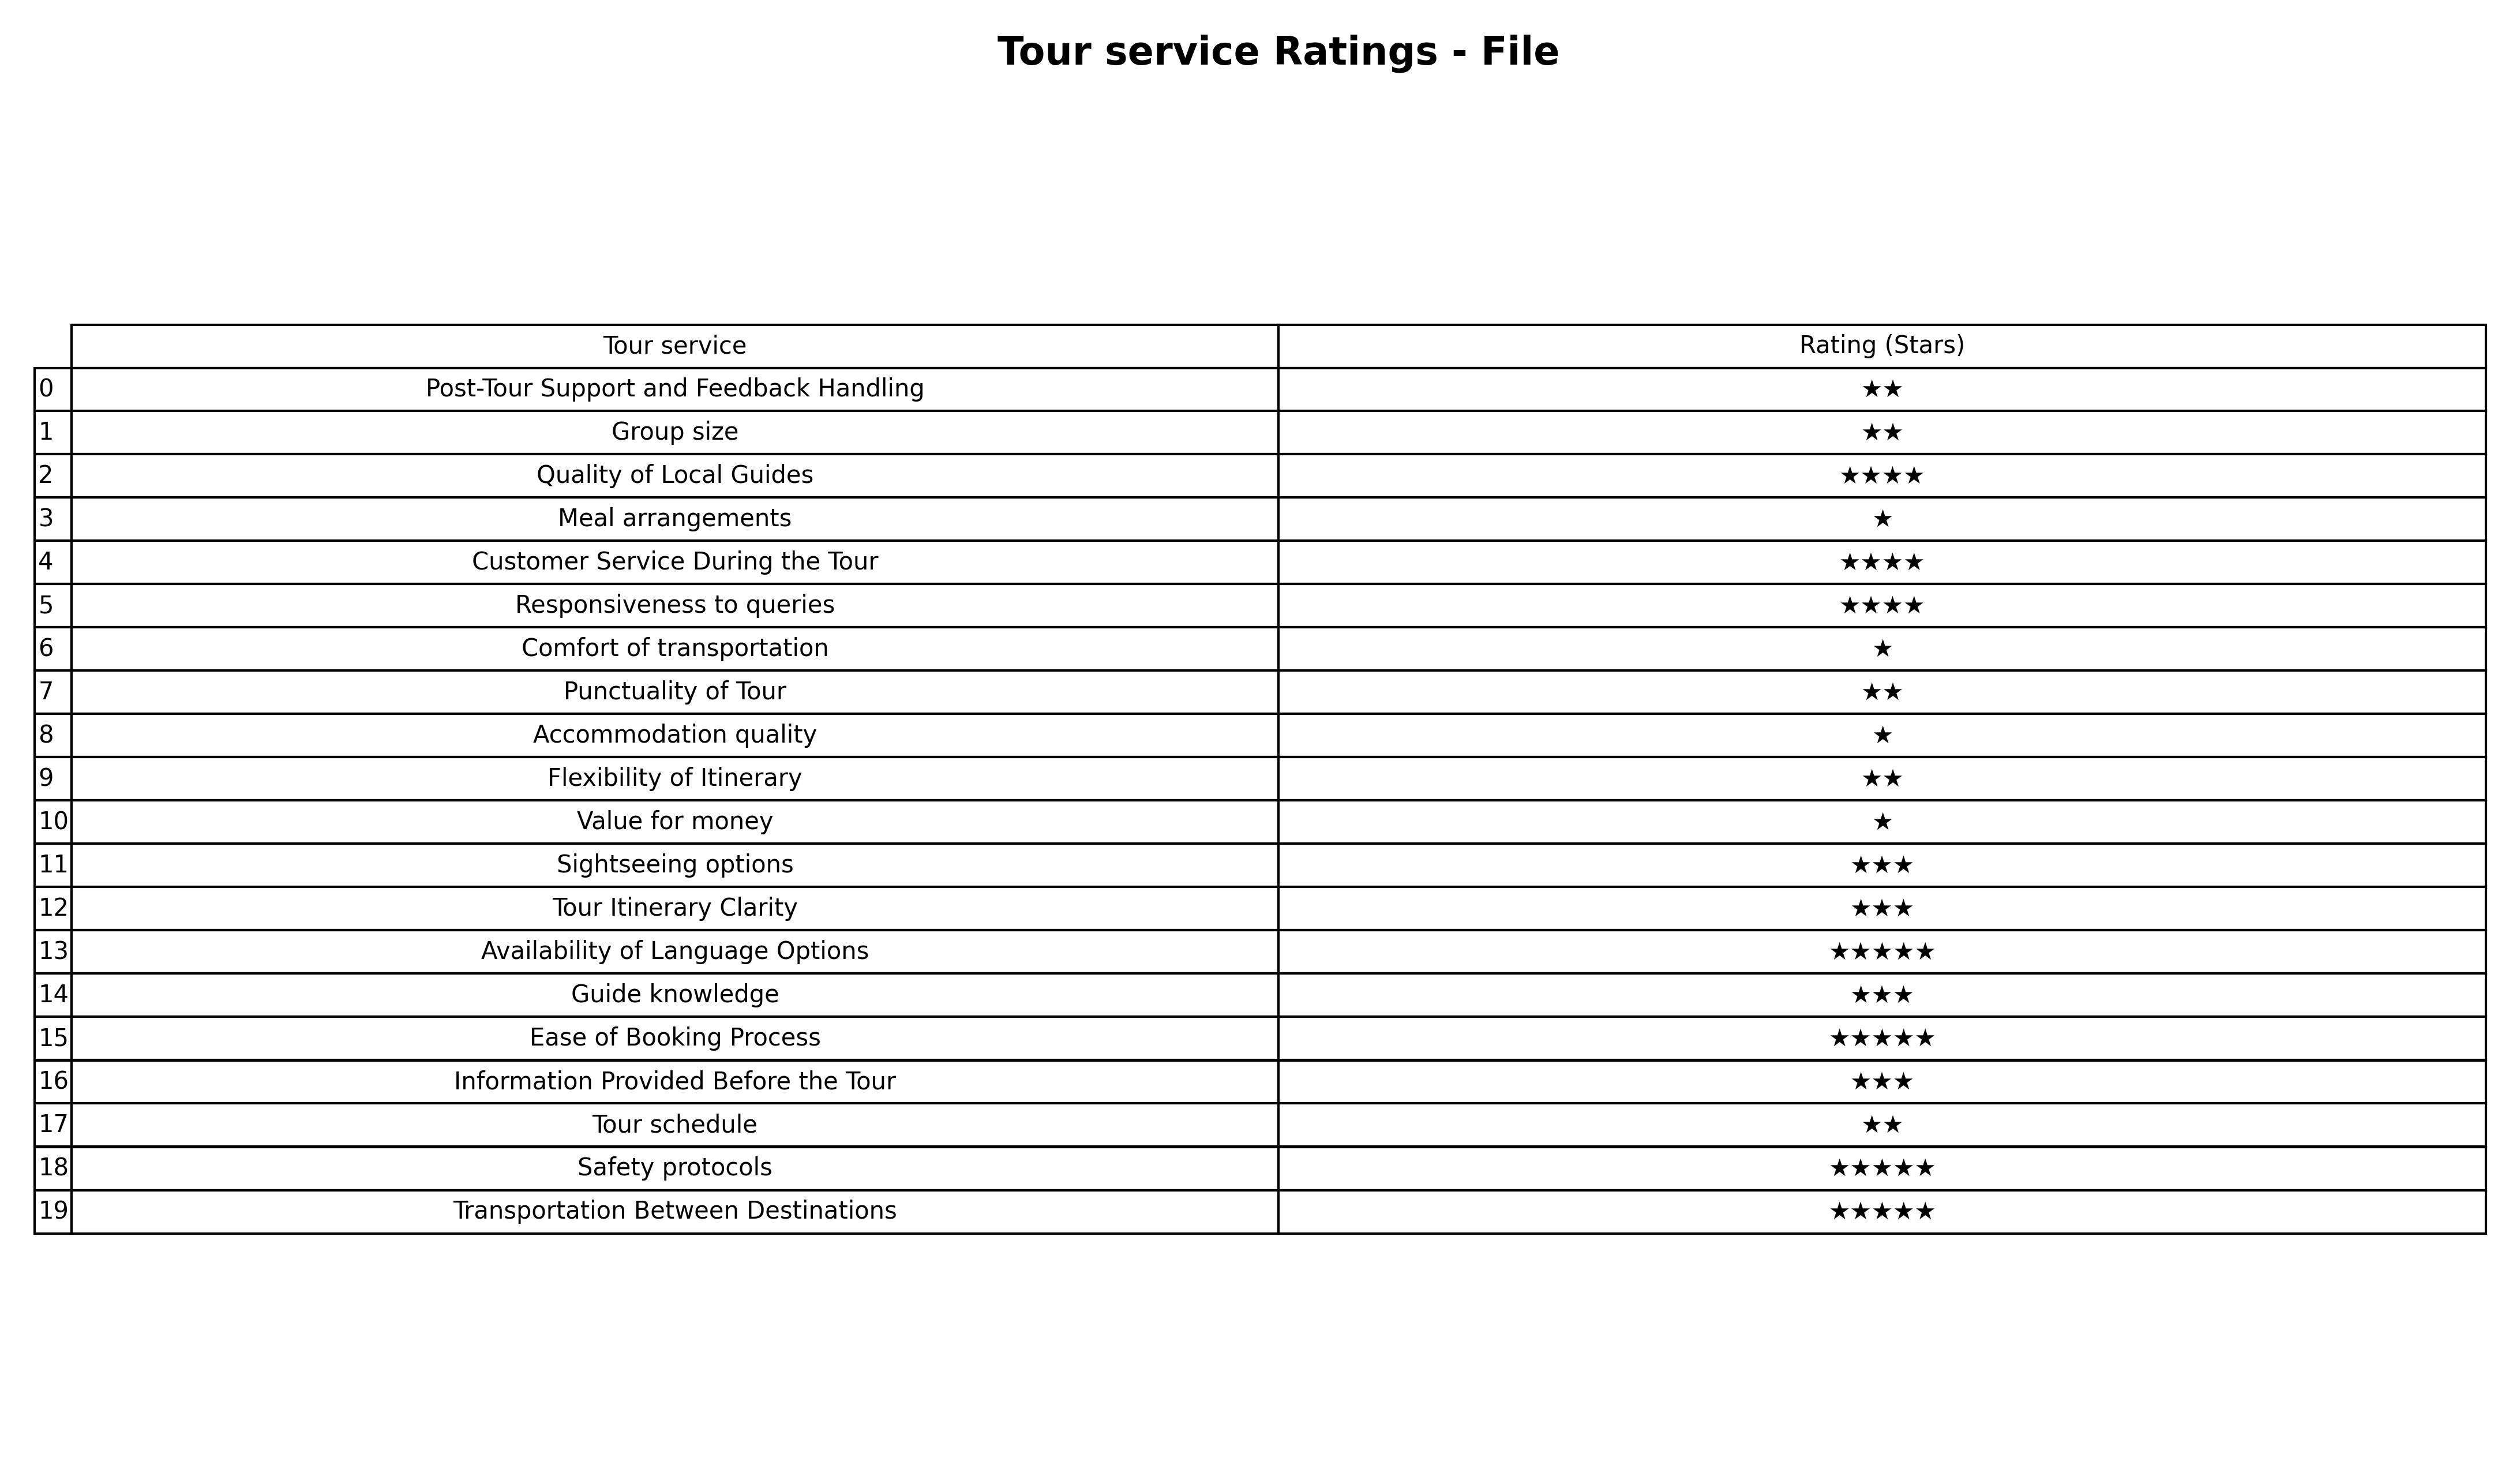
question: What are three star services?
answer: Sightseeing optionsTour Itinerary ClarityGuide knowledgeInformation Provided Before the Tour